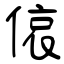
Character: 偯